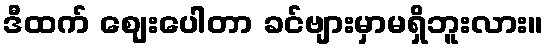
ဒီထက် ဈေးပေါတာ ခင်ဗျားမှာမရှိဘူးလား။